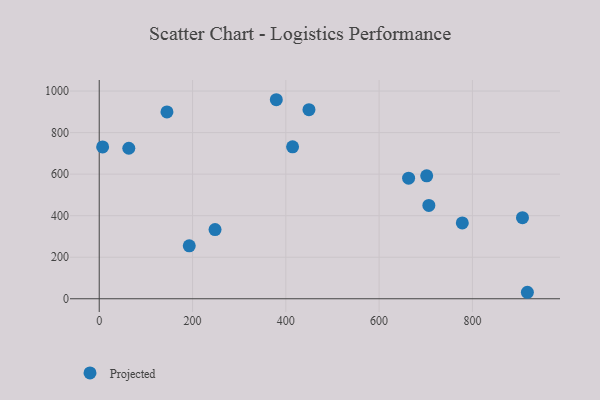
{"axis": {"x": "Experience", "y": "Rating"}, "legend": ["Projected"], "data": [{"x": "193.0", "y": 254.8, "type": "Projected"}, {"x": "63.4", "y": 724.6, "type": "Projected"}, {"x": "449.6", "y": 910.3, "type": "Projected"}, {"x": "917.8", "y": 31.2, "type": "Projected"}, {"x": "248.3", "y": 332.9, "type": "Projected"}, {"x": "379.6", "y": 958.3, "type": "Projected"}, {"x": "7.3", "y": 731.1, "type": "Projected"}, {"x": "907.3", "y": 390.2, "type": "Projected"}, {"x": "663.2", "y": 580.6, "type": "Projected"}, {"x": "702.0", "y": 592.0, "type": "Projected"}, {"x": "706.6", "y": 449.2, "type": "Projected"}, {"x": "145.2", "y": 899.4, "type": "Projected"}, {"x": "778.3", "y": 365.1, "type": "Projected"}, {"x": "414.5", "y": 731.4, "type": "Projected"}]}